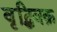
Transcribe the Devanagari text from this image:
वृद्धिवक्र